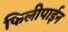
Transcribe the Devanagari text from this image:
फिलीपाईन